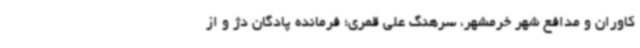
کاوران و مدافع شهر خرمشهر، سرهنگ علی قمری؛ فرمانده پادگان دژ و از